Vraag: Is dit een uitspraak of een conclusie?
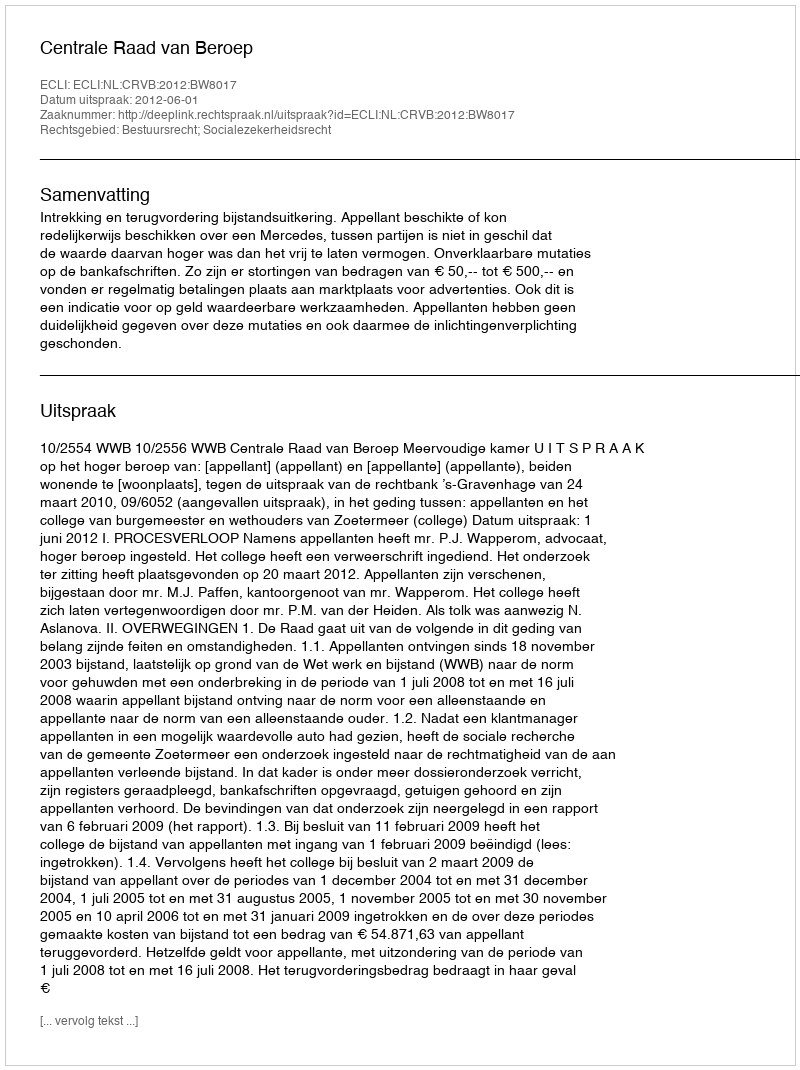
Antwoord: Uitspraak